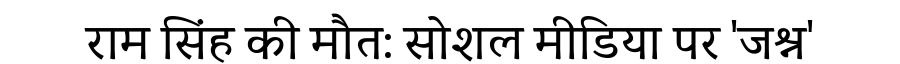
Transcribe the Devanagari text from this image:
राम सिंह की मौत: सोशल मीडिया पर 'जश्न'